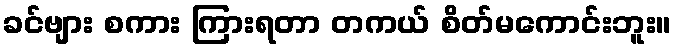
ခင်ဗျား စကား ကြားရတာ တကယ် စိတ်မကောင်းဘူး။